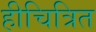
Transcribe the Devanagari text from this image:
हीचित्रित